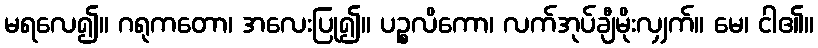
မရလေ၍။ ဂရုကတော၊ အလေးပြု၍။ ပဉ္စလိကော၊ လက်အုပ်ချီမိုးလျှက်။ မေ၊ ငါ၏။